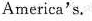
America's.